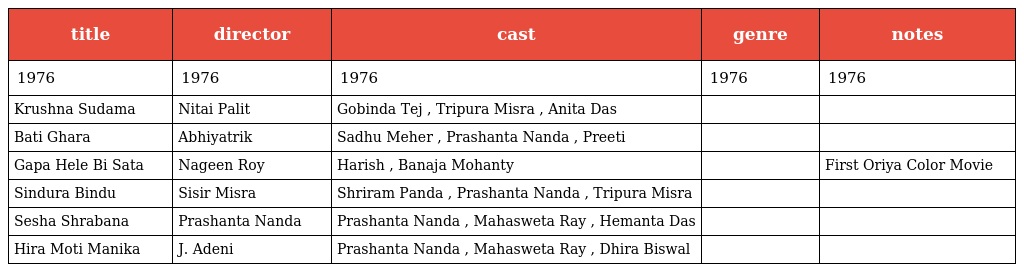
| title | director | cast | genre | notes |
 | --- | --- | --- | --- | --- |
 | 1976 | 1976 | 1976 | 1976 | 1976 |
 | Krushna Sudama | Nitai Palit | Gobinda Tej , Tripura Misra , Anita Das |  |  |
 | Bati Ghara | Abhiyatrik | Sadhu Meher , Prashanta Nanda , Preeti |  |  |
 | Gapa Hele Bi Sata | Nageen Roy | Harish , Banaja Mohanty |  | First Oriya Color Movie |
 | Sindura Bindu | Sisir Misra | Shriram Panda , Prashanta Nanda , Tripura Misra |  |  |
 | Sesha Shrabana | Prashanta Nanda | Prashanta Nanda , Mahasweta Ray , Hemanta Das |  |  |
 | Hira Moti Manika | J. Adeni | Prashanta Nanda , Mahasweta Ray , Dhira Biswal |  |  |